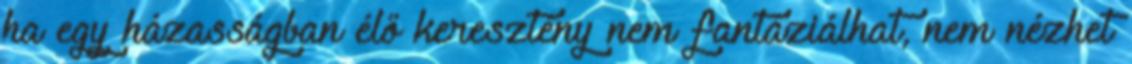
ha egy házasságban élő keresztény nem fantáziálhat, nem nézhet